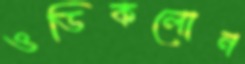
ওডিকলোন